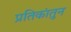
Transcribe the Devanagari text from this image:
प्रतिकांतुन